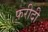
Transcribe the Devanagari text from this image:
फ़रीदी